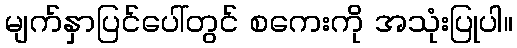
မျက်နှာပြင်ပေါ်တွင် စကေးကို အသုံးပြုပါ။